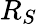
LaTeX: R_{S}